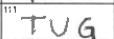
Transcription: TUG